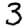
Digit: 3